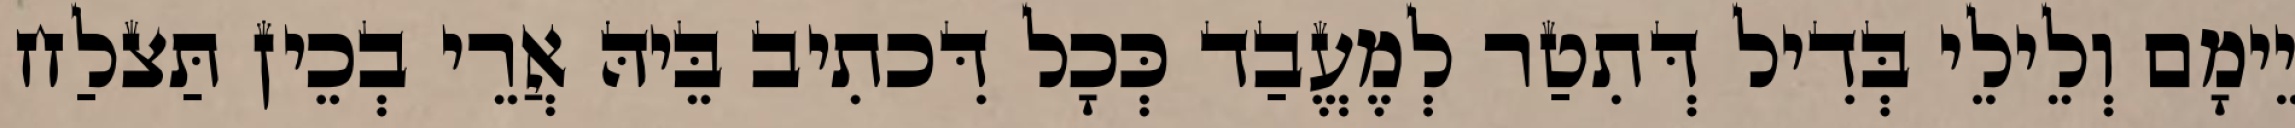
יֵימָם וְלֵילֵי בְּדִיל דְּתִטַר לְמֶעֱבַד כְּכָל דִּכתִיב בֵּיהּ אֲרֵי בְכֵין תַּצלַח